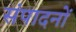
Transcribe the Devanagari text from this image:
संपादनों